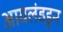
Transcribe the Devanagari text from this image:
आयलंडहून